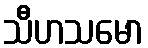
သီဟသမော